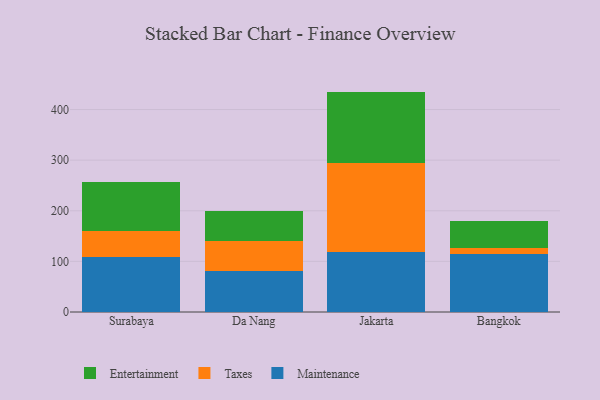
{"axis": {"x": "City", "y": "Inventory Turnover"}, "legend": ["Entertainment", "Maintenance", "Taxes"], "data": [{"x": "Surabaya", "y": 109.1, "type": "Maintenance"}, {"x": "Surabaya", "y": 50.0, "type": "Taxes"}, {"x": "Surabaya", "y": 97.1, "type": "Entertainment"}, {"x": "Da Nang", "y": 81.6, "type": "Maintenance"}, {"x": "Da Nang", "y": 57.9, "type": "Taxes"}, {"x": "Da Nang", "y": 59.2, "type": "Entertainment"}, {"x": "Jakarta", "y": 117.8, "type": "Maintenance"}, {"x": "Jakarta", "y": 176.6, "type": "Taxes"}, {"x": "Jakarta", "y": 141.0, "type": "Entertainment"}, {"x": "Bangkok", "y": 114.6, "type": "Maintenance"}, {"x": "Bangkok", "y": 12.8, "type": "Taxes"}, {"x": "Bangkok", "y": 52.4, "type": "Entertainment"}]}